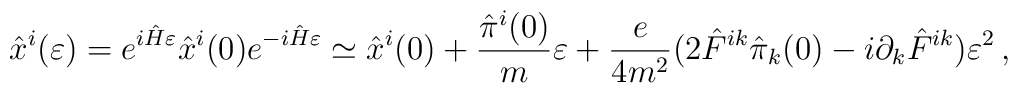
{\hat x}^i(\varepsilon)=e^{i{\hat H}\varepsilon} {\hat x}^i (0)e^{-i{\hat H}\varepsilon}\simeq {\hat x}^i(0)+{{\hat \pi}^i(0)\over m}\varepsilon +{e\over 4m^2}(2{\hat F}^{ik}{\hat \pi}_k(0)-i\partial_k{\hat F}^{ik})\varepsilon^2\,,